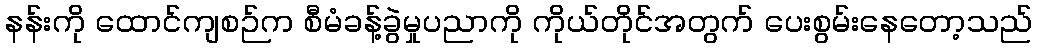
နန်းကို ထောင်ကျစဉ်က စီမံခန့်ခွဲမှုပညာကို ကိုယ်တိုင်အတွက် ပေးစွမ်းနေတော့သည်